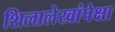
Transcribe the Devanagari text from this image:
शिलालेखांपेक्षा